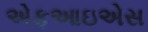
એફઆઇએસ